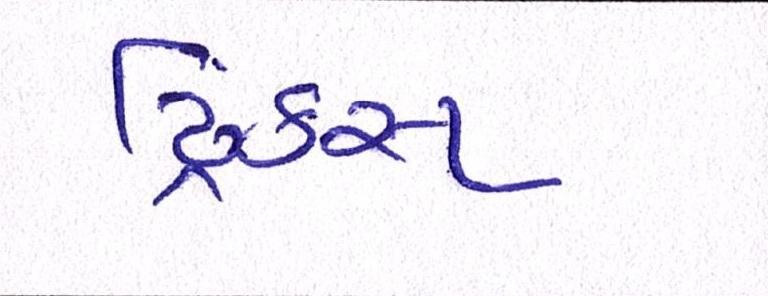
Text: ડ્રિંક્સ